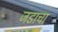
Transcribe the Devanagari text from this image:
जडाचा